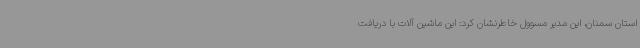
استان سمنان، این مدیر مسوول خاطرنشان کرد: این ماشین آلات با دریافت